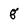
Character: g